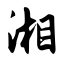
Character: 湘